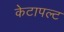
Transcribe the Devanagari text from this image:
केटापल्ट